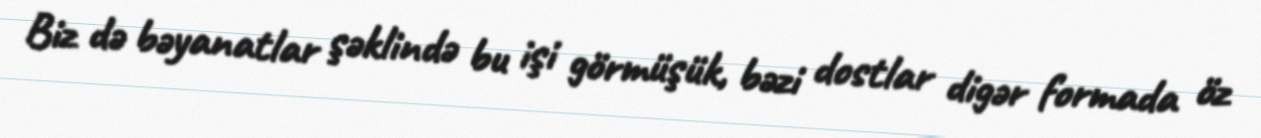
Biz də bəyanatlar şəklində bu işi görmüşük, bəzi dostlar digər formada öz